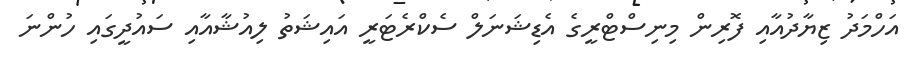
އަހްމަދު ޒިޔާދުއާއި ފޮރިން މިނިސްޓްރީގެ އެޑިޝަނަލް ސެކްރެޓަރީ އައިޝަތު ލިއުޝާއާއި ސައުދީގައި ހުންނަ